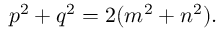
\displaystyle p ^ { 2 } + q ^ { 2 } = 2 ( m ^ { 2 } + n ^ { 2 } ) .